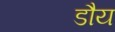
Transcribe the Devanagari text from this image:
डौय